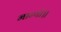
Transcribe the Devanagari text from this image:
मान्यो॥